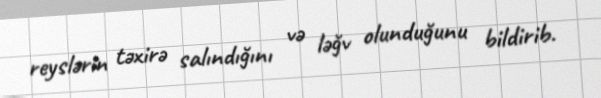
reyslərin təxirə salındığını və ləğv olunduğunu bildirib.